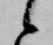
候